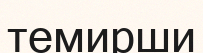
темирши